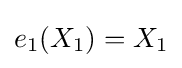
e_{1}(X_{1})=X_{1}